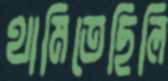
থামিতেছিলি